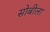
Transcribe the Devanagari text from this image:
सोबीला